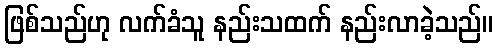
ဖြစ်သည်ဟု လက်ခံသူ နည်းသထက် နည်းလာခဲ့သည်။